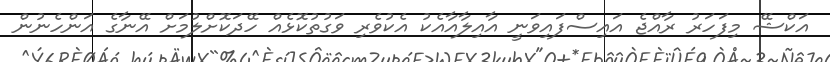
އަކްޝޭ މިފަހަރު ރާއްޖެ އައިސްފައިވަނީ އާއިލާއާއެކު އެކުވެރި ވަގުތުކޮޅެއް ހޭދަކޮށްލުމަށް އޭނާގެ އަންހެނުން